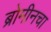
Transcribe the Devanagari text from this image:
ब्रोमीनचा